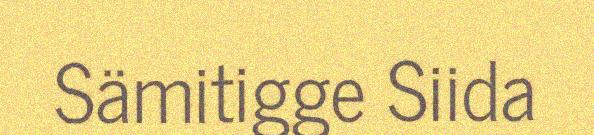
Sämitigge Siida